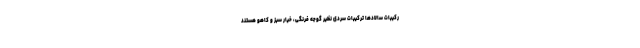
رکیبات سالادها ترکیبات سردی نظیر گوجه فرنگی، خیار سبز و کاهو هستند